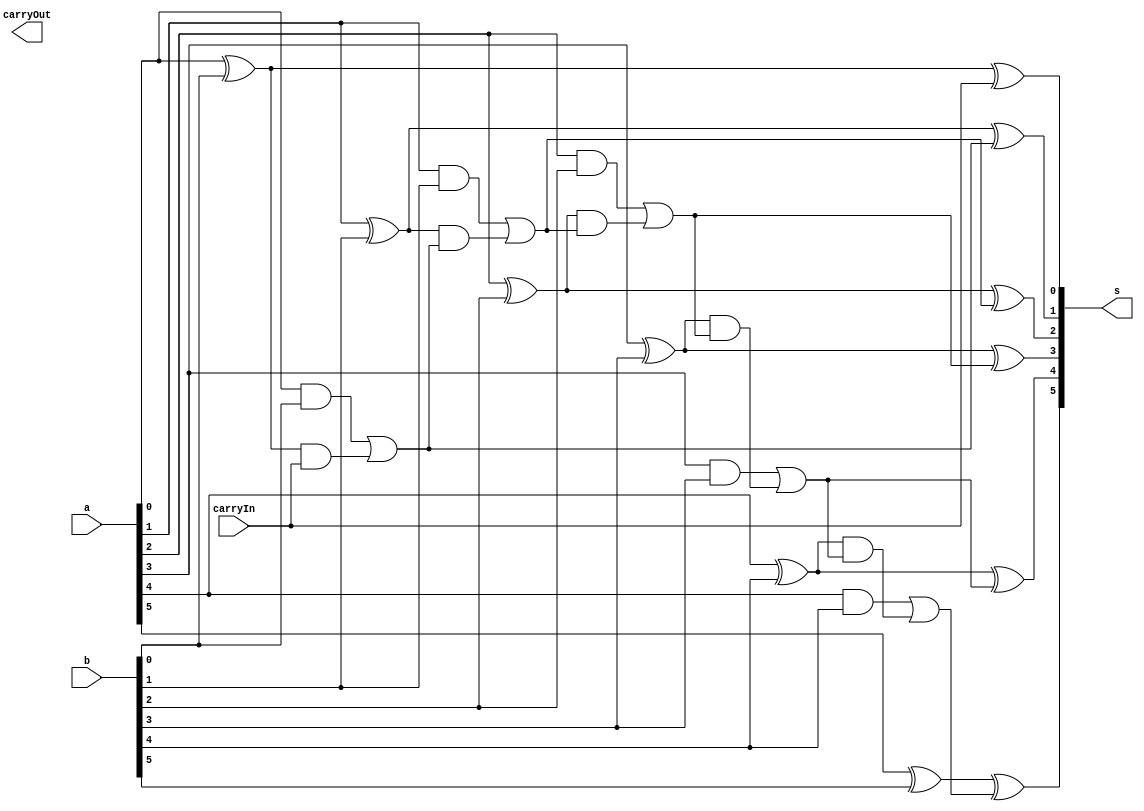
// ------------------------- 
// Exemplo0023 - SOMADOR 6 BITS	
// Nome: Camila Guedes Silveira 
// ------------------------- 

// ------------------------- 
// Somador
// ------------------------- 

module somador (output [5:0]s, input [5:0]a, input [5:0]b, input carryIn, output carryOut); 
	// descrever por portas 
	
	assign s[0] = (a[0] ^ b[0]) ^ carryIn;
	assign c1 = ((a[0] & b[0]) | ((a[0] ^ b[0]) & carryIn));
	assign s[1] = (a[1] ^ b[1]) ^ c1;
	assign c2 = ((a[1] & b[1]) | ((a[1] ^ b[1]) & c1));
	assign s[2] = (a[2] ^ b[2]) ^ c2;
	assign c3 = ((a[2] & b[2]) | ((a[2] ^ b[2]) & c2));
	assign s[3] = (a[3] ^ b[3]) ^ c3;
	assign c4 = ((a[3] & b[3]) | ((a[3] ^ b[3]) & c3));
	assign s[4] = (a[4] ^ b[4]) ^ c4;
	assign c5 = ((a[4] & b[4]) | ((a[4] ^ b[4]) & c4));
	assign s[5] = (a[5] ^ b[5]) ^ c5;
	assign c6 = ((a[5] & b[5]) | ((a[5] ^ b[5]) & c5));
	
	
	
endmodule // somador 

module test_somador; 
// ------------------------- definir dados 
	reg [5:0] x; 
	reg [5:0] y; 
	reg carryIn;
	wire carryOut;
	wire [5:0] r; 
	
// ------------------------- instancia
	somador modulo(r, x, y, carryIn, carryOut);

// ------------------------- parte principal 
	initial begin 
		$display("Exemplo0021 - Camila Guedes Silveira - 427393"); 
		$display("Teste Somador"); 
		
		x = 6'b000001;
		y = 6'b000000;
		carryIn = 0;
		
		#1 $display("%b  %b = %b", x, y, r);
		
		x = 6'b000001;
		y = 6'b000011;
		carryIn = 0;
		
		#1 $display("%b  %b = %b", x, y, r);
	
	end 
endmodule // test_somador